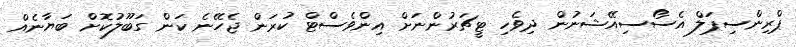
ޕްރިންސިޕަލް އެސޯސިއޭޝަނުން ދިވެހި ޓީޗަރުންނަށް އިންވެސްޓް ކުރަން ޖެހޭނެ ކަން ގަބޫލުކޮށް ބަޔާނެއް